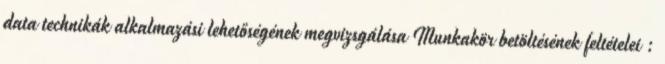
data technikák alkalmazási lehetőségének megvizsgálása Munkakör betöltésének feltételei :